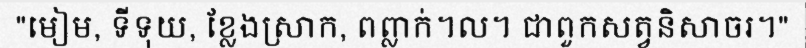
"មៀម, ទីទុយ, ខ្លែងស្រាក, ពព្លាក់។ល។ ជាពួកសត្វនិសាចរ។"